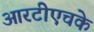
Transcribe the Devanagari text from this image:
आरटीएचके